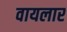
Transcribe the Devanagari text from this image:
वायलार